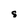
Character: S